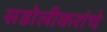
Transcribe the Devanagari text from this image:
सडोलीकरांचे